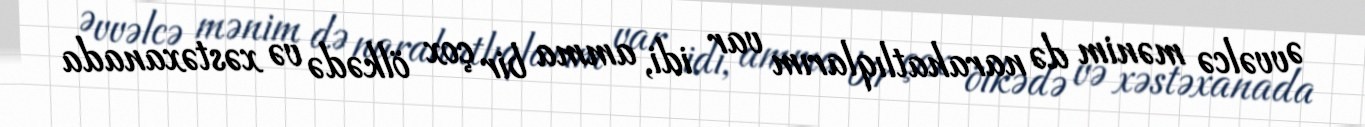
Əvvəlcə mənim də narahatlıqlarım var idi, amma bir çox ölkədə və xəstəxanada